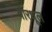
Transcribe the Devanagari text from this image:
वीरधूल